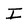
Character: I